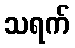
သရက်